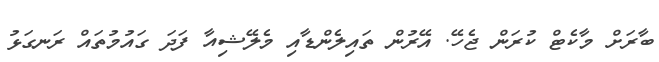
ބާރަށް މާކެޓް ކުރަން ޖެހޭ. އޭރުން ތައިލެންޑާއި މެލޭޝިއާ ފަދަ ގައުމުތައް ރަނގަޅު